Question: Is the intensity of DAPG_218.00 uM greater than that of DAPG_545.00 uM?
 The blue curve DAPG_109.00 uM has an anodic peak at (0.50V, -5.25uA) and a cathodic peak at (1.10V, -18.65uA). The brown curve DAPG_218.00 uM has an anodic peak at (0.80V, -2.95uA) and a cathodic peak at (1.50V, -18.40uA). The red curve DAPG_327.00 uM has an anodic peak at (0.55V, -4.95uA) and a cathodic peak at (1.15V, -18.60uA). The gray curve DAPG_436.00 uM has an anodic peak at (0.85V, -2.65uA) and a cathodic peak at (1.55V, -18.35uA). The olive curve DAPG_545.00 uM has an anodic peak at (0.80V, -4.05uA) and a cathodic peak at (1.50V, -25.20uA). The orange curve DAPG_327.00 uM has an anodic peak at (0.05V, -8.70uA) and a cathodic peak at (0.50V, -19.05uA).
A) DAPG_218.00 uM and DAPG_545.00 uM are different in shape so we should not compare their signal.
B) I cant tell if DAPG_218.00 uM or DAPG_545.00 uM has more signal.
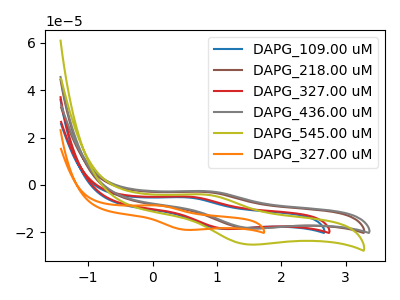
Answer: <think>All the peaks in "DAPG_218.00 uM" have a peak in "DAPG_545.00 uM" at the same potential.
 </think>
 <answer>B) I cant tell if "DAPG_218.00 uM" or "DAPG_545.00 uM" has more signal.</answer>
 <eval>B</eval>